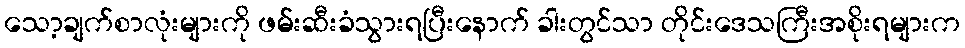
သော့ချက်စာလုံးများကို ဖမ်းဆီးခံသွားရပြီးနောက် ခါးတွင်သာ တိုင်းဒေသကြီးအစိုးရများက